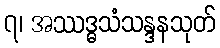
၇၊ အဿဒ္ဓသံသန္ဒနသုတ်